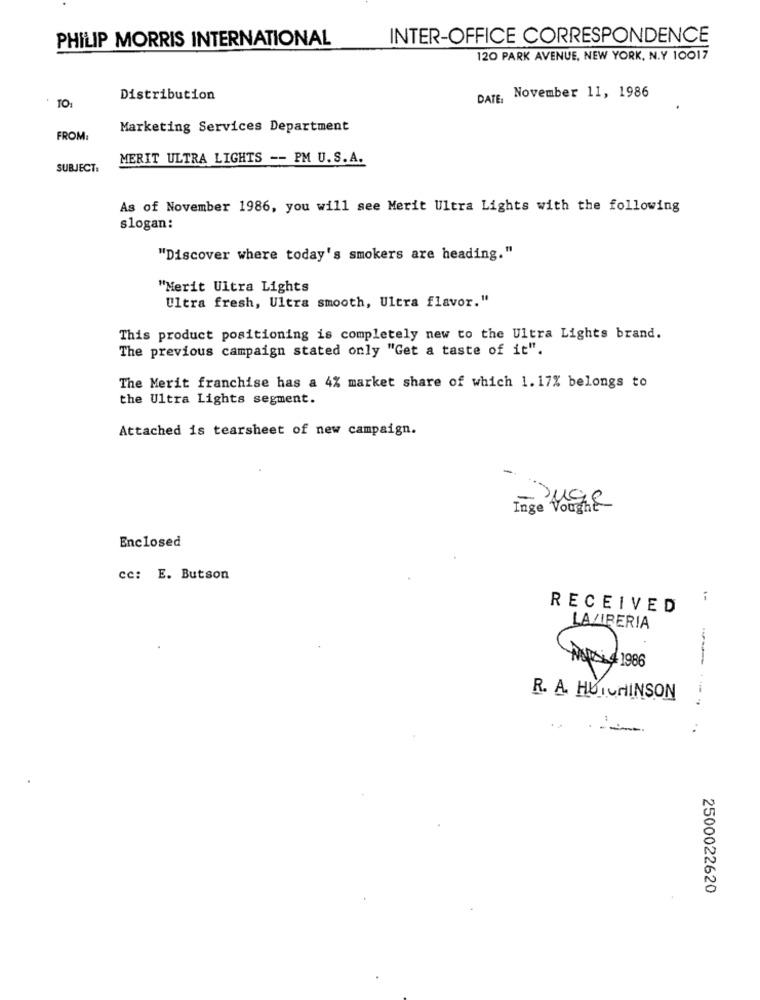
PHILIP MORRIS INTERNATIONAL
INTER-OFFICE CORRESPONDENCE
120 PARK AVENUE, NEW YORK, N.Y 10017
Distribution
DATE, November 11, 1986
· TO:
Marketing Services Department
FROM:
MERIT ULTRA LIGHTS -- PM U.S.A.
SUBJECT:
As of November 1986, you will see Merit Ultra Lights with the following
slogan:
"Discover where today's smokers are heading."
"Merit Ultra Lights
Ultra fresh, Ultra smooth, Ultra flavor."
This product positioning is completely new to the Ultra Lights brand.
The previous campaign stated only "Get a taste of it".
The Merit franchise has a 4% market share of which 1. 17% belongs to
the Ultra Lights segment.
Attached is tearsheet of new campaign.
Juge
Inge Vought
Enclosed
cc: E. Butson
i
RECEIVED
LA/IBERIA
1986
R. A. HUTCHINSON
......
2500022620